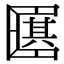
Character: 𠥩